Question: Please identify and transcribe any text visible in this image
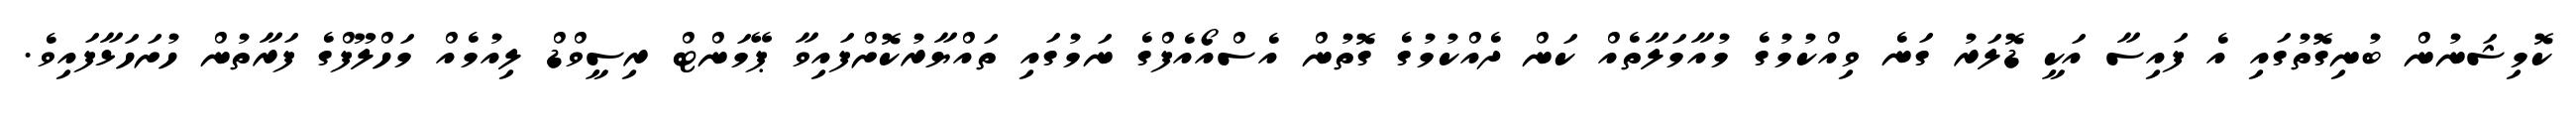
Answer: ކޮމިޝަނުން ބުނިގޮތުގައި އެ ފައިސާ އަކީ ޑޮލަރު ގަނެ ވިއްކުމުގެ މުއާމަލާތެއް ކަން ދެއްކުމުގެ ގޮތުން އެސްއޯއެފްގެ ނަމުގައި ތައްޔާރުކޮށްފައިވާ ޕޭމަންޓް ރިސީވްޑް ލިއުމެއް މަހްލޫފްގެ ފަރާތުން ހުށަހަޅާފައިވެ.